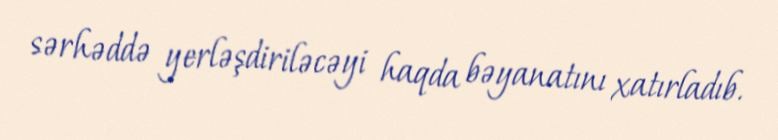
sərhəddə yerləşdiriləcəyi haqda bəyanatını xatırladıb.